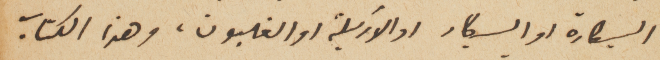
السيكارة الو السيكار او الاركيلة او الغليون، وهذا الكتاب